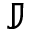
\mathbb { J }